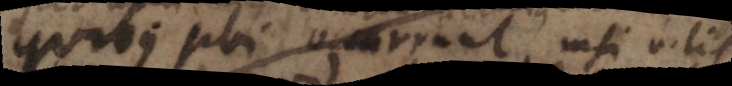
quibus ubi occurrunt, nisi vilis